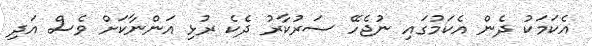
އެކަމަކު ދެން އެކަމުގައި ނުޖެހޭ ސަރުކާރު ދެކެ ރުޅި އަންނާކަށް ވެސް އަދި